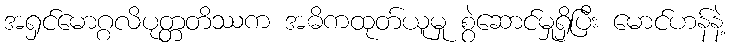
အရှင်မောဂ္ဂလိပုတ္တတိဿက အဓိကထုတ်ယူမှု စွဲဆောင်မှုရှိပြီး မောင်ဟန်နဲ့